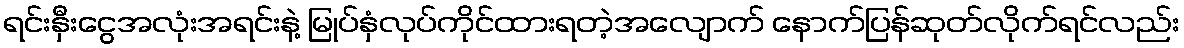
ရင်းနှီးငွေအလုံးအရင်းနဲ့ မြုပ်နှံလုပ်ကိုင်ထားရတဲ့အလျောက် နောက်ပြန်ဆုတ်လိုက်ရင်လည်း